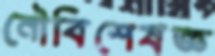
নৌবিশেষজ্ঞ